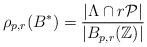
LaTeX: \begin{align*}\rho_{p,r}(B^*) =\frac{|\Lambda \cap r\mathcal{P}|}{|B_{p,r}(\mathbb{Z})|}\end{align*}